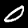
Label: 0